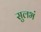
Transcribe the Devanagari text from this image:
सुलभं